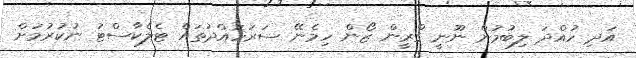
އަދި ހުއްދަ ލިބުމުން ނޫނީ ގްރީން ޒޯން ހިމެނޭ ސަރަހައްދުތައް ޓެލެކާސްޓު ނުކުރުމަށް